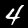
Label: 4